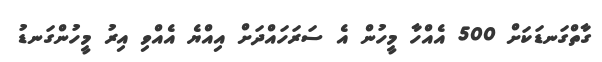
ގާތްގަނޑަަކަށް 500 އެއްހާ މީހުން އެ ސަރަހައްދަށް އިއްޔެ އެއްވި އިރު މީހުންގަނޑު